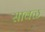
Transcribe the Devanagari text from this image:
सावळ